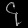
Digit: ၄